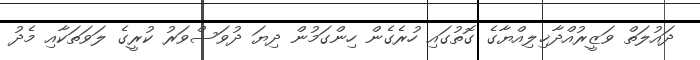
ދައުލަތް ވަޒީރުއްދާޚިލިއްޔާގެ ގޮތުގައި ހުރެގެން ހިންގަމުން ދިޔަ ދުވަސްވަރު ކުރީގެ ލަވަތަކާއި މެދު